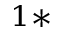
^ { 1 * }